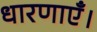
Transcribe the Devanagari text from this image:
धारणाएँ।